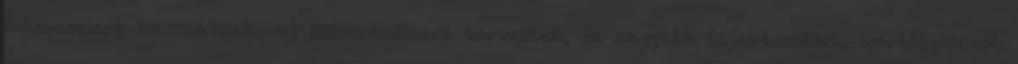
intercoolert használnak, új szívórendszert terveztek, de nagyobb injektorokat, sportlégszűrőt